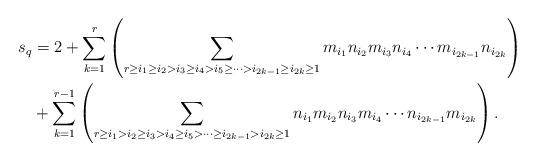
LaTeX: \begin{align*}s_q&=2+\sum_{k=1}^{r}\left(\sum_{r\ge i_1\ge i_2> i_3\ge i_4>i_5\ge \dots >i_{2k-1} \ge i_{2k}\ge 1}m_{i_1}n_{i_2}m_{i_3}n_{i_4}\cdots m_{i_{2k-1}}n_{i_{2k}}\right)\\&+\sum_{k=1}^ {r-1}\left(\sum_{r\ge i_1> i_2\ge i_3>i_4\ge i_5 >\dots\ge i_{2k-1}> i_{2k}\ge 1}n_{i_1}m_{i_2}n_{i_3}m_{i_4}\cdots n_{i_{2k-1}}m_{i_{2k}}\right).\end{align*}